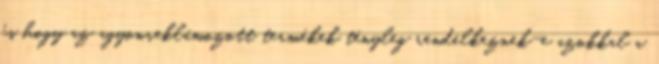
és hogy az agyonreklámozott termékek tényleg rendelkeznek-e azokkal a